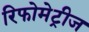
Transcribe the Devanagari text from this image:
रिफोमेट्रीज